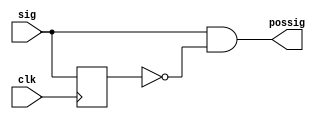
`timescale 1ns / 1ps
//////////////////////////////////////////////////////////////////////////////////
// Company: 
// Engineer: 
// 
// Design Name: 
// Module Name:    edgedetect 
// Project Name: 
// Target Devices: 
// Tool versions: 
// Description: 
//
// Dependencies: 
//
// Revision: 
// Revision 0.01 - File Created
// Additional Comments: 
//
//////////////////////////////////////////////////////////////////////////////////
module edgedetect(clk, sig, possig);
  input clk;
  input sig;
  output possig;
    
  reg delay;
  
  assign possig = sig & ~delay;
  
  always @ (posedge clk) begin
    delay <= sig;
  end

endmodule